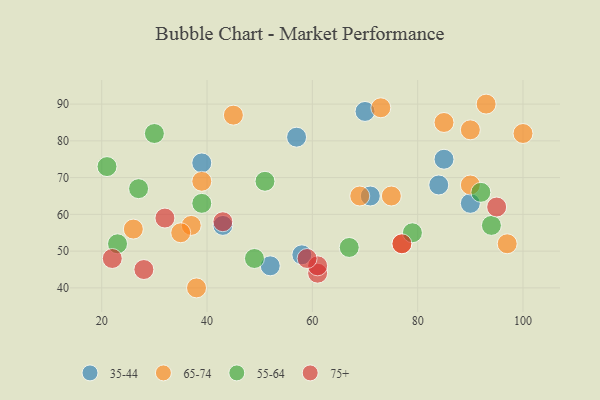
{"axis": {"x": "GDP", "y": "Life Expectancy"}, "legend": ["35-44", "55-64", "65-74", "75+"], "data": [{"x": "39", "y": 74, "type": "35-44"}, {"x": "71", "y": 65, "type": "35-44"}, {"x": "57", "y": 81, "type": "35-44"}, {"x": "85", "y": 75, "type": "35-44"}, {"x": "52", "y": 46, "type": "35-44"}, {"x": "90", "y": 63, "type": "35-44"}, {"x": "43", "y": 57, "type": "35-44"}, {"x": "70", "y": 88, "type": "35-44"}, {"x": "84", "y": 68, "type": "35-44"}, {"x": "58", "y": 49, "type": "35-44"}, {"x": "75", "y": 65, "type": "65-74"}, {"x": "100", "y": 82, "type": "65-74"}, {"x": "73", "y": 89, "type": "65-74"}, {"x": "38", "y": 40, "type": "65-74"}, {"x": "90", "y": 83, "type": "65-74"}, {"x": "37", "y": 57, "type": "65-74"}, {"x": "26", "y": 56, "type": "65-74"}, {"x": "77", "y": 52, "type": "65-74"}, {"x": "90", "y": 68, "type": "65-74"}, {"x": "85", "y": 85, "type": "65-74"}, {"x": "35", "y": 55, "type": "65-74"}, {"x": "45", "y": 87, "type": "65-74"}, {"x": "39", "y": 69, "type": "65-74"}, {"x": "93", "y": 90, "type": "65-74"}, {"x": "97", "y": 52, "type": "65-74"}, {"x": "69", "y": 65, "type": "65-74"}, {"x": "51", "y": 69, "type": "55-64"}, {"x": "21", "y": 73, "type": "55-64"}, {"x": "94", "y": 57, "type": "55-64"}, {"x": "49", "y": 48, "type": "55-64"}, {"x": "27", "y": 67, "type": "55-64"}, {"x": "67", "y": 51, "type": "55-64"}, {"x": "79", "y": 55, "type": "55-64"}, {"x": "92", "y": 66, "type": "55-64"}, {"x": "23", "y": 52, "type": "55-64"}, {"x": "39", "y": 63, "type": "55-64"}, {"x": "30", "y": 82, "type": "55-64"}, {"x": "22", "y": 48, "type": "75+"}, {"x": "77", "y": 52, "type": "75+"}, {"x": "61", "y": 44, "type": "75+"}, {"x": "32", "y": 59, "type": "75+"}, {"x": "43", "y": 58, "type": "75+"}, {"x": "61", "y": 46, "type": "75+"}, {"x": "28", "y": 45, "type": "75+"}, {"x": "95", "y": 62, "type": "75+"}, {"x": "59", "y": 48, "type": "75+"}]}